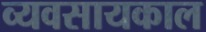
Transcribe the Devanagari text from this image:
व्यवसायकाल